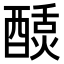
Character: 𬪴